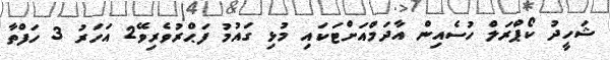
ޝަހީދު ކޯޕްރަލް ހުސެއިން އާދަމްއަށްޓަކައި މުޅި ގައުމު ފަޙްރުވެރިވޭ2 އަހަރު 3 ހަފްތާ